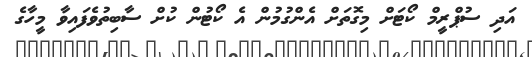
އަދި ސުޕްރީމް ކޯޓަށް މިގޮތަށް އެންގުމުން އެ ކޯޓުން ކުށް ސާބިތުވެފައިވާ މީހާގެ